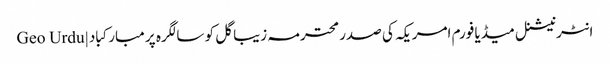
انٹرنیشنل میڈیا فورم امریکہ کی صدر محترمہ زیبا گل کو سالگرہ پر مبارکباد | Geo Urdu